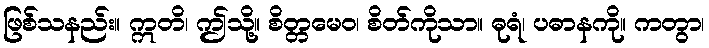
ဖြစ်သနည်း။ ဣတိ၊ ဤသို့။ စိတ္တမေဝ၊ စိတ်ကိုသာ။ ဓုရံ၊ ပဓာနကို။ ကတွာ၊